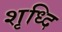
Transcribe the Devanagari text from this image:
शृध्दि